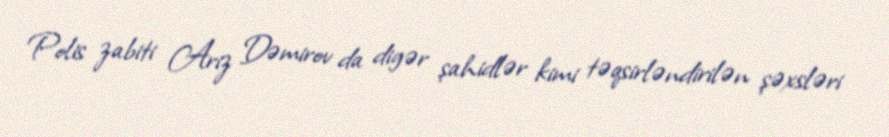
Polis zabiti Ariz Dəmirov da digər şahidlər kimi təqsirləndirilən şəxsləri